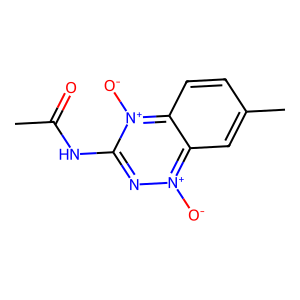
SMILES: CC(=O)Nc1n[n+]([O-])c2cc(C)ccc2[n+]1[O-]
Inhibits HIV replication: No